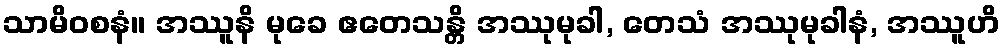
သာမိဝစနံ။ အဿူနိ မုခေ ဧတေသန္တိ အဿုမုခါ, တေသံ အဿုမုခါနံ, အဿူဟိ